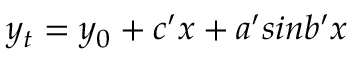
y _ { t } = y _ { 0 } + c ^ { \prime } x + a ^ { \prime } s i n b ^ { \prime } x